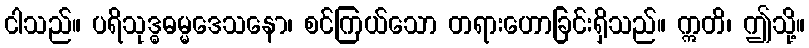
ငါသည်။ ပရိသုဒ္ဓဓမ္မဒေသနော၊ စင်ကြယ်သော တရားဟောခြင်းရှိသည်။ ဣတိ၊ ဤသို့။